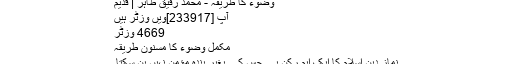
وضوء کا طریقہ - محمد رفیق طاہر | قدیم
آپ [233917]ویں وزٹر ہیں
4669 وزٹر
مکمل وضوء کا مسنون طریقہ
نماز دین اسلام کا ایک اہم رکن ہے جس کے بغیر بندہ مؤمن نہیں بن سکتا۔